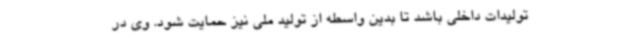
تولیدات داخلی باشد تا بدین واسطه از تولید ملی نیز حمایت شود. وی در